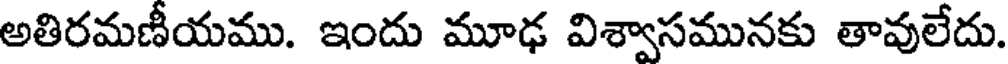
అతిరమణీయము. ఇందు మూఢ విశ్వాసమునకు తావులేదు.